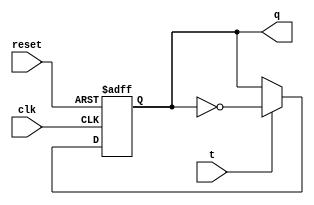
module t_flip_flop (
    input clk,
    input reset,
    input t,
    output reg q
);

always @(posedge clk or posedge reset) begin
    if (reset) begin
        q <= 1'b0;
    end else begin
        if (t) begin
            q <= ~q;
        end
    end
end

endmodule